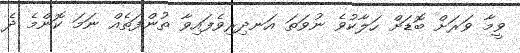
ވީމާ ވަރަށް ބޮޑަށް ހަލާކުވެ ނުވަތަ އަނދިރިވެފައިވާ ތުންފަތެއް ނަމަ ކޮންމެ ދެ